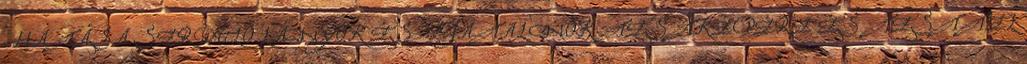
HATÁSA SERDÜLŐ LÁNYOK ÉS FIATAL NŐK TESTKÉPÉRE ÉS TESTTEL